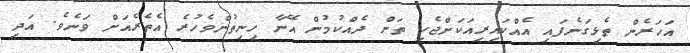
އަހަރެން ތެޅިގަނެފައި އެއްކައިރިއަކަށްޖެހި ތަން ދެއްކުމުން އޭނާ ހިނިތުންވެހުރެ އެތެރެއަށް ވަނެވެ. އަދި